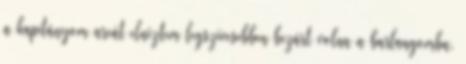
a kapitányom arcát elnéztem legszívesebben bezárt volna a barlangomba.